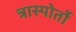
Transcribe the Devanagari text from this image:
त्रास्पोर्तो